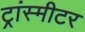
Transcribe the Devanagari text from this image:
ट्रांस्मीटर